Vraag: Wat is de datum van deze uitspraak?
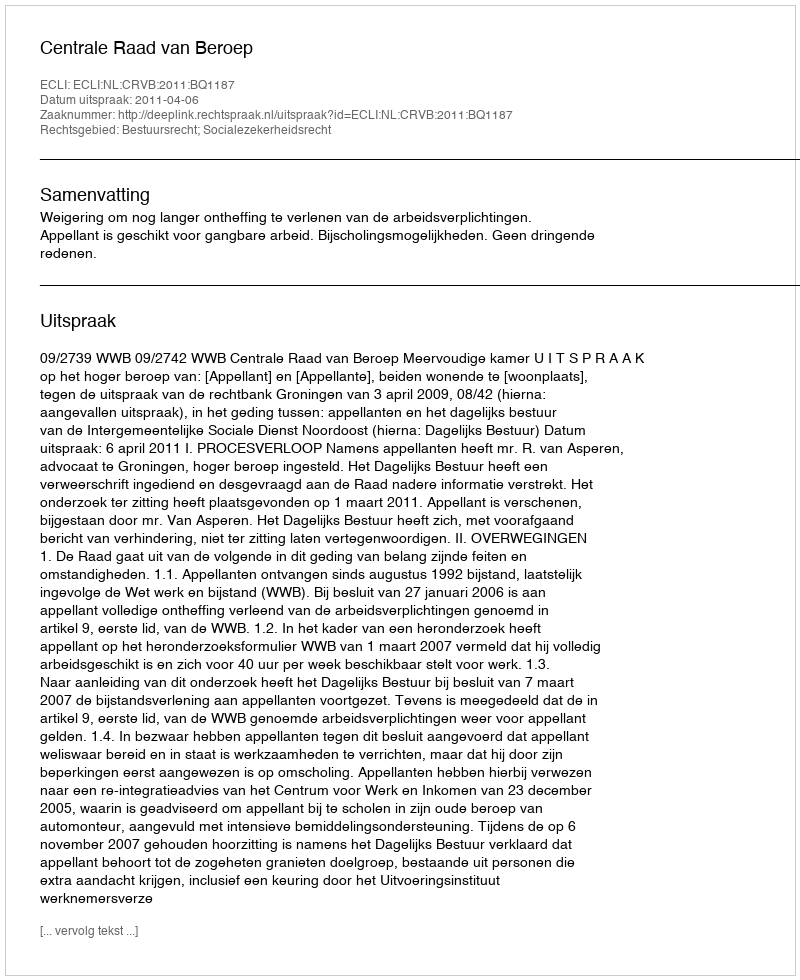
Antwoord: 2011-04-06